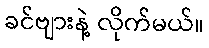
ခင်ဗျားနဲ့ လိုက်မယ်။